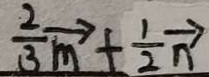
\frac { 2 } { 3 } \overrightarrow { m } + \frac { 1 } { 2 } \overrightarrow { n }